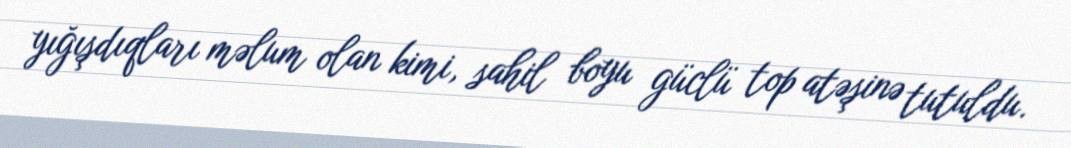
yığışdıqları məlum olan kimi, sahil boyu güclü top atəşinə tutuldu.